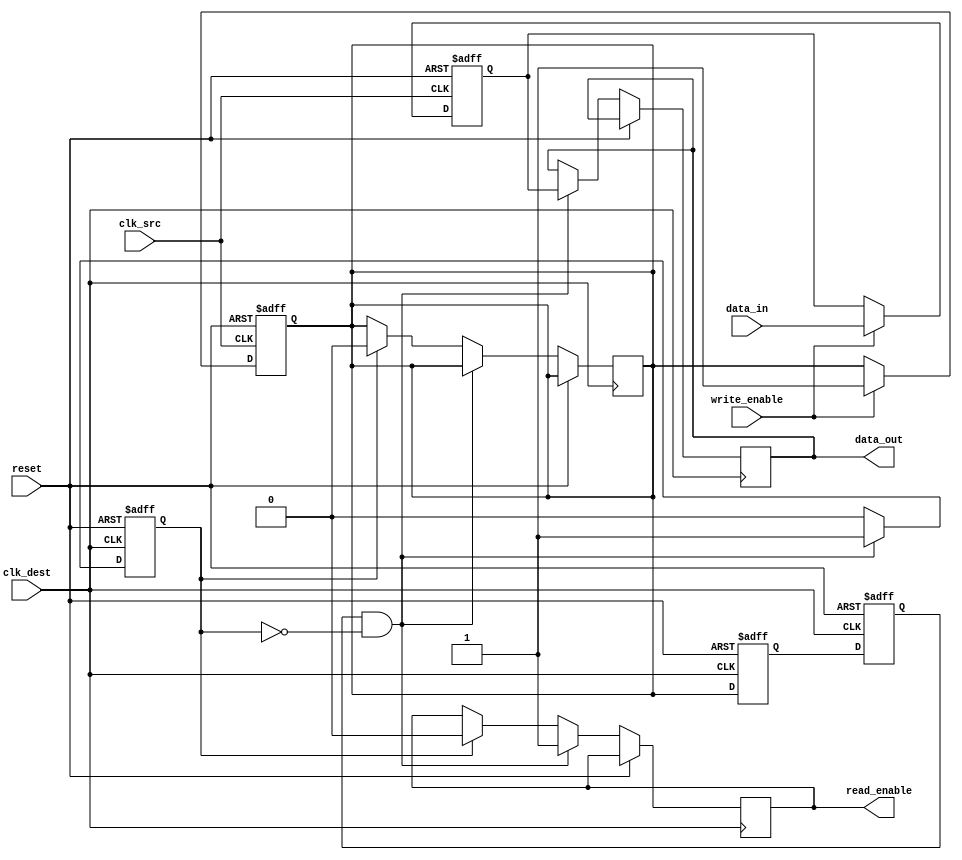
module MemoryBlocksHandshakeSynchronizer (
    input wire clk_src,           // Source clock
    input wire clk_dest,          // Destination clock
    input wire reset,             // Asynchronous reset
    input wire [7:0] data_in,     // Data input from source domain
    input wire write_enable,       // Write enable input
    output reg [7:0] data_out,     // Data output to destination domain
    output reg read_enable         // Read enable output
);

    // Internal signals
    reg [7:0] data_latched;       // Latch for the data
    reg data_ready;               // Indicate that data is ready
    reg ack;                      // Acknowledgment signal

    // Synchronization flip-flops for data_ready
    reg data_ready_sync1;
    reg data_ready_sync2;

    // Capture data on rising edge of clk_src
    always @(posedge clk_src or posedge reset) begin
        if (reset) begin
            data_latched <= 8'b0;
            data_ready <= 1'b0;
        end else if (write_enable) begin
            data_latched <= data_in; // Latch data
            data_ready <= 1'b1;       // Indicate data is ready
        end
    end

    // Synchronization for data_ready signal to clk_dest
    always @(posedge clk_dest or posedge reset) begin
        if (reset) begin
            data_ready_sync1 <= 1'b0;
            data_ready_sync2 <= 1'b0;
            ack <= 1'b0;
        end else begin
            data_ready_sync1 <= data_ready; // First stage of synchronization
            data_ready_sync2 <= data_ready_sync1; // Second stage of synchronization
            
            // Check if data is ready and acknowledge it
            if (data_ready_sync2 && !ack) begin
                data_out <= data_latched; // Transfer data
                read_enable <= 1'b1;     // Indicate data is ready to be read
                ack <= 1'b1;             // Send acknowledgment
            end else if (ack) begin
                read_enable <= 1'b0;     // Reset read enable after reading
                ack <= 1'b0;             // Reset acknowledgment
                data_ready <= 1'b0;      // Reset data ready
            end
        end
    end

endmodule